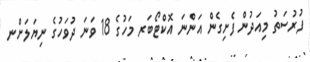
ފުރުސަތު މިއަދުން ފެށިގެން އަންނަ އޮކްޓޯބަރ މަހުގެ 18 ވަނަ ދުވަހުގެ ނިޔަލަށްނ